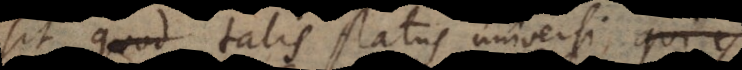
sit, quod talis status universi, qui est